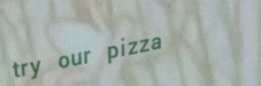
try our pizza